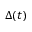
\Delta ( t )